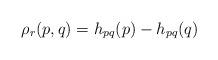
LaTeX: \begin{gather*}\rho_r(p, q)=h_{pq}(p)-h_{pq}(q)\end{gather*}